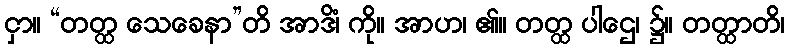
ငှာ။ “တတ္ထ သေခေနာ”တိ အာဒိံ၊ ကို။ အာဟ၊ ၏။ တတ္ထ ပါဌေ၊ ၌။ တတ္ထာတိ၊